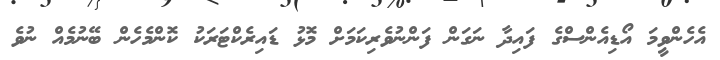
އެހެންވީމަ އޯޑިއެންސްގެ ފައިދާ ނަގަން ފަންނުވެރިކަމަށް މޮޅު ޑައިރެކްޓަރަކު ކޮންމެހެން ބޭނުމެއް ނުވެ